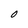
Character: O